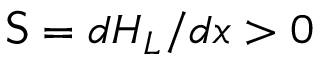
\mathsf { S } = d H _ { L } / d x > 0